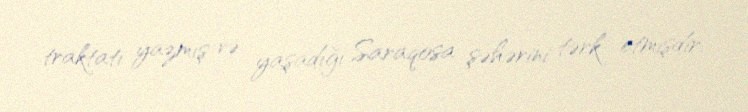
traktatı yazmış və yaşadığı Saraqosa şəhərini tərk etmişdir.